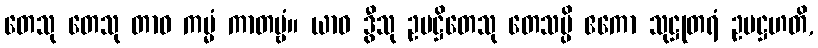
တေသု တေသု တာဝ ကမ္မံ ကာတဗ္ဗံ။ ယာဝ ဒွီသု ဥပဋ္ဌိတေသု တေသမ္ပိ ဧကော သုဋ္ဌုတရံ ဥပဋ္ဌဟတိ,